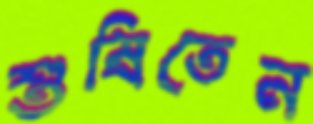
শুষিতেন